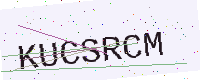
Text: KUCSRCM